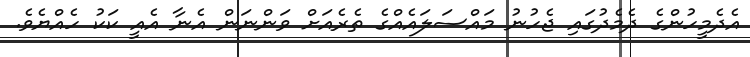
އެދެމީހުންގެ ދެމެދުގައި ޖެހުނު މައްސަލައެއްގެ ތެރެއަށް ވަންނަން އެނާ އެއީ ކަކު ހެއްޔެވެ.